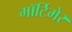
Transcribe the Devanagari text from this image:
माॅर्टिमेर